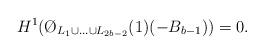
LaTeX: \begin{align*}H^1(\O_{L_1 \cup \ldots \cup L_{2b-2}}(1)(-B_{b-1}))=0. \end{align*}